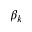
\beta _ { k }